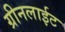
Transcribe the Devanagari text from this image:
ग्रीनलाईट